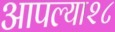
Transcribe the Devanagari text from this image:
आपल्या२८